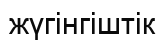
жүгінгіштік